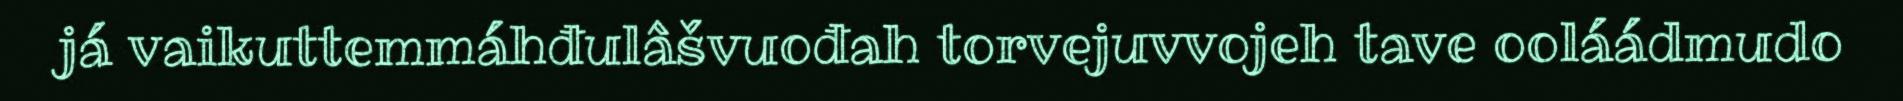
já vaikuttemmáhđulâšvuođah torvejuvvojeh tave ooláádmudo